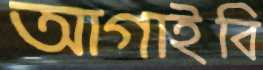
আগাইবি